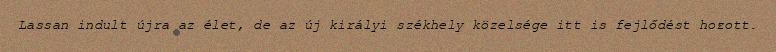
Lassan indult újra az élet, de az új királyi székhely közelsége itt is fejlődést hozott.